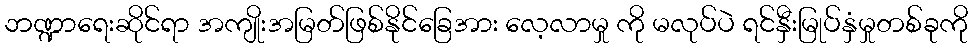
ဘဏ္ဍာရေးဆိုင်ရာ အကျိုးအမြတ်ဖြစ်နိုင်ခြေအား လေ့လာမှု ကို မလုပ်ပဲ ရင်နှီးမြုပ်နှံမှုတစ်ခုကို